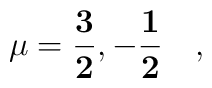
\mathbf{\mu = \frac{3}{2}, -\frac{1}{2}}\quad,